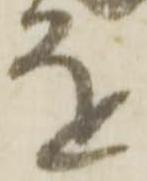
を